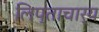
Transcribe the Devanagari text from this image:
लिप्ताचार्य